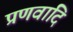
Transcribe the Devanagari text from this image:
प्रणवादि